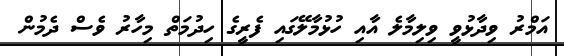
އަމްރު ވިދާޅުވީ ވިލިމާލެ އާއި ހުޅުމާލޭގައި ފެރީގެ ހިދުމަތް މިހާރު ވެސް ދެމުން